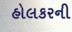
હોલકરની